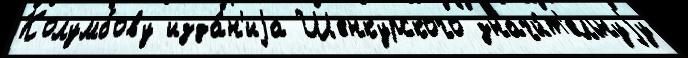
Колумбову изда́н'иjа Шенкурского значи́т'ельнуjу